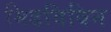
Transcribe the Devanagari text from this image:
मिडविविन